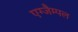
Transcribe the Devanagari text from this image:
एग्जैम्पल